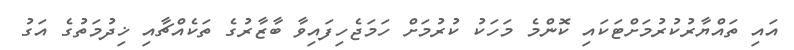
އައި ތައްޔާރުކުރުމަށްޓަކައި ކޮންމެ މަހަކު ކުރުމަށް ހަމަޖެހިފައިވާ ބާޒާރުގެ ތަކެއްޗާއި ޚިދުމަތުގެ އަގު